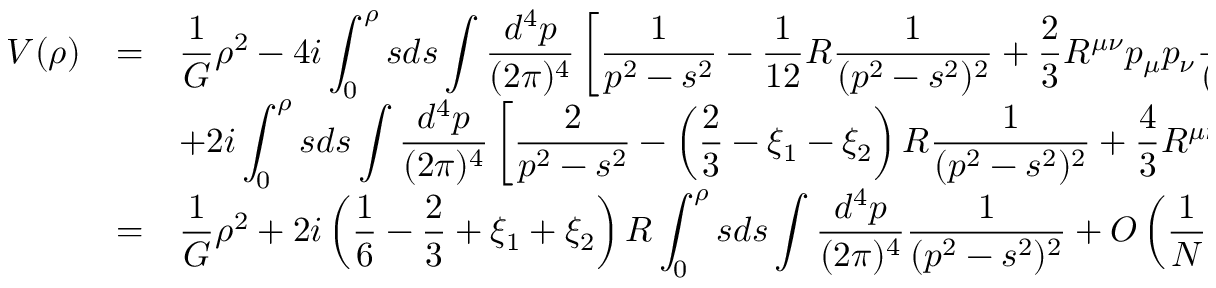
\begin{array} { r c l } { { \displaystyle V ( \rho ) } } & { { = } } & { { \displaystyle \frac { 1 } { G } \rho ^ { 2 } - 4 i \int _ { 0 } ^ { \rho } s d s \int \frac { d ^ { 4 } p } { ( 2 \pi ) ^ { 4 } } \left[ \frac { 1 } { p ^ { 2 } - s ^ { 2 } } - \frac { 1 } { 1 2 } R \frac { 1 } { ( p ^ { 2 } - s ^ { 2 } ) ^ { 2 } } + \frac { 2 } { 3 } R ^ { \mu \nu } p _ { \mu } p _ { \nu } \frac { 1 } { ( p ^ { 2 } - s ^ { 2 } ) ^ { 3 } } \right] } } \\ { { } } & { { } } & { { \displaystyle + 2 i \int _ { 0 } ^ { \rho } s d s \int \frac { d ^ { 4 } p } { ( 2 \pi ) ^ { 4 } } \left[ \frac { 2 } { p ^ { 2 } - s ^ { 2 } } - \left( \frac { 2 } { 3 } - \xi _ { 1 } - \xi _ { 2 } \right) R \frac { 1 } { ( p ^ { 2 } - s ^ { 2 } ) ^ { 2 } } + \frac { 4 } { 3 } R ^ { \mu \nu } p _ { \mu } p _ { \nu } \frac { 1 } { ( p ^ { 2 } - s ^ { 2 } ) ^ { 3 } } \right] } } \\ { { } } & { { = } } & { { \displaystyle \frac { 1 } { G } \rho ^ { 2 } + 2 i \left( \frac { 1 } { 6 } - \frac { 2 } { 3 } + \xi _ { 1 } + \xi _ { 2 } \right) R \int _ { 0 } ^ { \rho } s d s \int \frac { d ^ { 4 } p } { ( 2 \pi ) ^ { 4 } } \frac { 1 } { ( p ^ { 2 } - s ^ { 2 } ) ^ { 2 } } + { \cal O } \left( \frac { 1 } { N } \right) . } } \end{array}